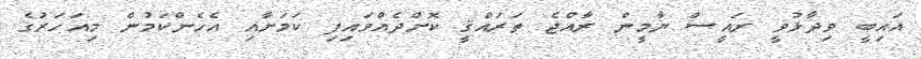
އައިބީ ވިދާޅުވީ ރައީސް ޔާމީން ރާއްޖެ ތަރައްޤީ ކޮށްދެއްވައިފި ކަމަށާއި އެހެންކަމުން މިއަހަރުގެ